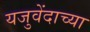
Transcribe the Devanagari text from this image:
यजुवेंदाच्या